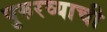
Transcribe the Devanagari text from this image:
पुरुरव्याची